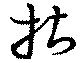
拈